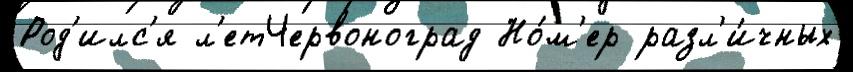
Род'илс'я л'етЧервоноград Но́м'ер разл'и́чных